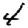
Digit: 4